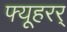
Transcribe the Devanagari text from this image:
फ्यूहरर्